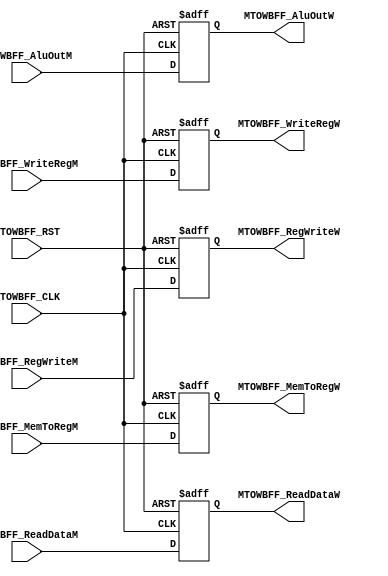
// TYPE: module
// DEPARTMENT: communication and electronics department
// AUTHOR EMAIL: mina.hannaone@gmail.com
//------------------------------------------------
// Release history
// VERSION DATE AUTHOR DESCRIPTION
// 1.0 4/9/2022 Mina Hanna final version
//------------------------------------------------
// KEYWORDS: pipeline mips, write back and memory instruction
//------------------------------------------------
// PURPOSE: this a FF to decompose instruction into memory and write back\
///////////inputs and outputs ports declaration//////////////
module MTOWBFF #(parameter WIDTH=32) (
  input    wire    [WIDTH-1:0]    MTOWBFF_AluOutM,
  input    wire    [WIDTH-1:0]    MTOWBFF_ReadDataM,
  input    wire    [4:0]          MTOWBFF_WriteRegM,
  input    wire                   MTOWBFF_RegWriteM,
  input    wire                   MTOWBFF_MemToRegM,
  input    wire                   MTOWBFF_CLK,
  input    wire                   MTOWBFF_RST,
  output   reg     [WIDTH-1:0]    MTOWBFF_AluOutW,
  output   reg     [WIDTH-1:0]    MTOWBFF_ReadDataW,
  output   reg     [4:0]          MTOWBFF_WriteRegW,
  output   reg                    MTOWBFF_RegWriteW,
  output   reg                    MTOWBFF_MemToRegW
  );
always@(posedge MTOWBFF_CLK or negedge MTOWBFF_RST)
  begin
    if(!MTOWBFF_RST)
      begin
        MTOWBFF_AluOutW <='b0;
        MTOWBFF_ReadDataW <='b0;
        MTOWBFF_WriteRegW <=5'b0;
        MTOWBFF_RegWriteW <= 1'b0;
        MTOWBFF_MemToRegW <= 1'b0;
      end
    else
      begin
        MTOWBFF_AluOutW <=MTOWBFF_AluOutM;
        MTOWBFF_ReadDataW <=MTOWBFF_ReadDataM;
        MTOWBFF_WriteRegW <=MTOWBFF_WriteRegM;
        MTOWBFF_RegWriteW <= MTOWBFF_RegWriteM;
        MTOWBFF_MemToRegW <= MTOWBFF_MemToRegM;
      end
  end
  
endmodule